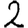
Digit: 2